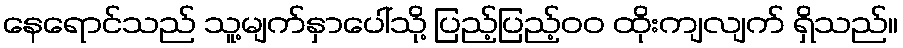
နေရောင်သည် သူ့မျက်နှာပေါ်သို့ ပြည့်ပြည့်၀၀ ထိုးကျလျက် ရှိသည်။